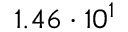
1 . 4 6 \cdot 1 0 ^ { 1 }